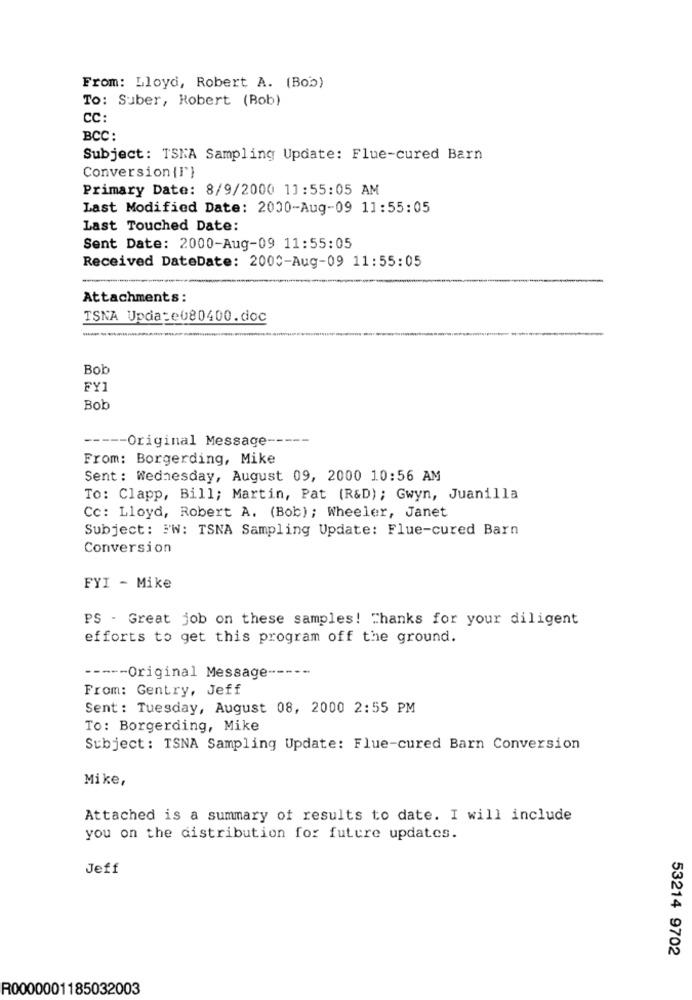
From: Lloyd, Robert A. (Bob)
To: Suber, Robert (Bob)
CC:
BCC:
Subject: TSNA Sampling Update: Flue-cured Barn
Conversion {I}
Primary Date: 8/9/2000 11:55:05 AM
Last Modified Date: 2000-Aug-09 11:55:05
Last Touched Date:
Sent Date: 2000-Aug-09 11:55:05
Received DateDate: 2000-Aug-09 11:55:05
Attachments:
TSNA Update080400.doc
Bob
FY1
Bob
----- Original Message ----
From: Borgerding, Mike
Sent: Wednesday, August 09, 2000 10:56 AM
To: Clapp, Bill; Martin, Pat (R&D); Gwyn, Juanilla
Cc: Lloyd, Robert A. (Bob); Wheeler, Janet
Subject: FW: TSNA Sampling Update: Flue-cured Barn
Conversion
FYI - Mike
PS - Great job on these samples! Thanks for your diligent
efforts to get this program off the ground.
----- Original Message ------
From: Gentry, Jeff
Sent: Tuesday, August 08, 2000 2:55 PM
To: Borgerding, Mike
Subject: TSNA Sampling Update: Flue-cured Barn Conversion
Mike,
Attached is a summary of results to date. I will include
you on the distribution for future updates.
Jeff
53214 9702
R0000001185032003